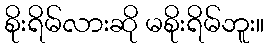
စိုးရိမ်လားဆို မစိုးရိမ်ဘူး။